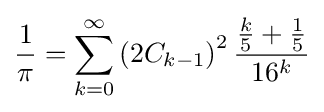
{\frac {1}{\pi }}=\sum _{k=0}^{\infty }\left(2C_{k-1}\right)^{2}{\frac {{\frac {k}{5}}+{\frac {1}{5}}}{16^{k}}}